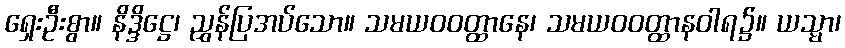
ရှေးဦးစွာ။ နိဒ္ဒိဋ္ဌေ၊ ညွှန်ပြအပ်သော။ သမယဝဝတ္ထာနေ၊ သမယဝဝတ္ထာနဝါရ၌။ ယသ္မာ၊